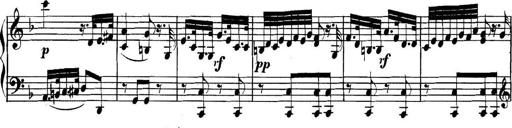
Title: Collected Piano Sonatas
Composer: Muzio Clementi